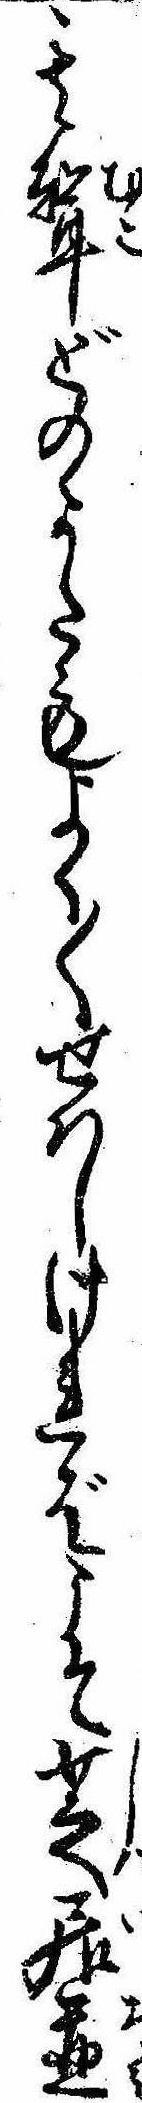
其婿どのかたもよく〱せはしければこそ芝居並